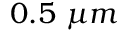
0 . 5 \ \mu m